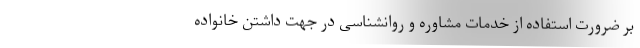
بر ضرورت استفاده از خدمات مشاوره و روانشناسی در جهت داشتن خانواده